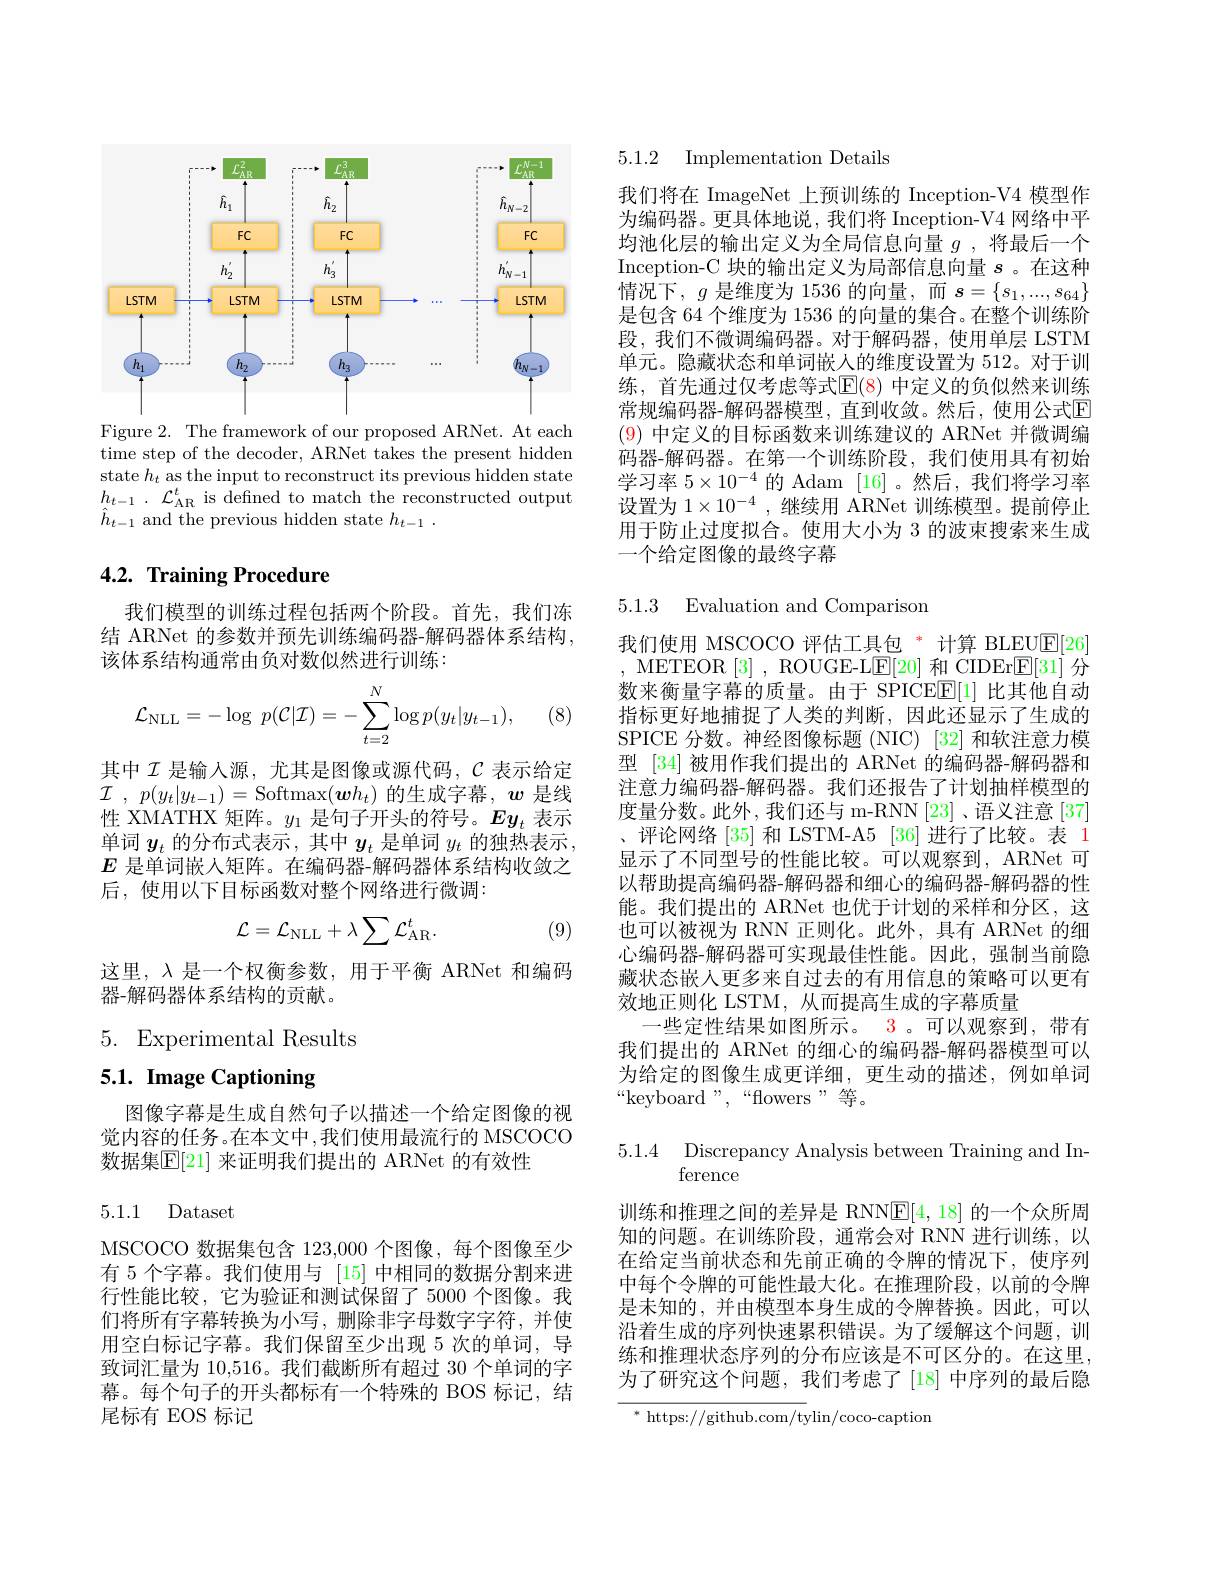
<FigureHere>

Figure 2. The framework of our proposed ARNet. At each time step of the decoder, ARNet takes the present hidden state $h_t$ as the input to reconstruct its previous hidden state $h_{t- 1}$ . $\mathcal{L} _{\mathrm{AR}}^{t}$ is defined to match the reconstructed output $\hat{h}_{t-1}$ and the previous hidden state $h_t-1.$

## $4. 2. \textbf{ Training Procedure}$

我们模型的训练过程包括两个阶段。首先，我们冻结 ARNet 的参数并预先训练编码器-解码器体系结构， 该体系结构通常由负对数似然进行训练：

(8)
$$\mathcal{L}_{\mathrm{NLL}}=-\log\:p(\mathcal{C}|\mathcal{I})=-\sum_{t=2}^{N}\log p(y_t|y_{t-1}),$$
其中$\mathcal{I}$ 是输入源，尤其是图像或源代码，$\mathcal{C}$ 表示给定$\mathcal{I}$ , $p( y_t| y_{t- 1}) =$Softmax$(\boldsymbol wh_t)$ 的生成字幕$,\boldsymbol w$ 是线性 XMATHX 矩阵。$y_1$是句子开头的符号。$Ey_t$表示单词$y_t$的分布式表示，其中$y_t$是单词$y_t$的独热表示， $E$是单词嵌人矩阵。在编码器-解码器体系结构收敛之后，使用以下目标函数对整个网络进行微调：
$$\mathcal{L}=\mathcal{L}_{\mathrm{NLL}}+\lambda\sum\mathcal{L}_{\mathrm{AR}}^{t}.$$
(9)

这里，$\lambda$是一个权衡参数，用于平衡 ARNet 和编码
器-解码器体系结构的贡献。

5. Experimental Results

# 5.1. Image Captioning

图像字幕是生成自然句子以描述一个给定图像的视觉内容的任务。在本文中，我们使用最流行的 MSCOCO 数据集$\mathbb{E}[$21] 来证明我们提出的 ARNet 的有效性

5.1.1 Dataset

MSCOCO 数据集包含 123,000 个图像，每个图像至少有 5 个字幕。我们使用与 [15] 中相同的数据分割来进行性能比较，它为验证和测试保留了5000个图像。我们将所有字幕转换为小写，删除非字母数字字符，并使用空白标记字幕。我们保留至少出现 5 次的单词，导致词汇量为 10,516。我们截断所有超过 30 个单词的字幕。每个句子的开头都标有一个特殊的 BOS 标记，结尾标有 EOS 标记

5.1.2 Implementation Details

我们将在 ImageNet 上预训练的 Inception-V4 模型作为编码器。更具体地说，我们将 Inception-V4 网络中平均池化层的输出定义为全局信息向量$g$ ,将最后一个Inception-C 块的输出定义为局部信息向量$s$。在这种情况下，$g$是维度为 1536 的向量，而$s=\{s_1,...,s_{64}\}$ 是包含 64 个维度为 1536 的向量的集合。在整个训练阶段，我们不微调编码器。对于解码器，使用单层 LSTM 单元。隐藏状态和单词嵌人的维度设置为 512。对于训练，首先通过仅考虑等式$\operatorname{E}(8)$ 中定义的负似然来训练常规编码器-解码器模型，直到收敛。然后，使用公式$\mathbb{E}$ (9)中定义的目标函数来训练建议的 ARNet 并微调编码器-解码器。在第一个训练阶段，我们使用具有初始学习率$5\times10^{-4}$的 Adam [16]。然后，我们将学习率设置为$1\times10^{-4}$ ,继续用 ARNet 训练模型。提前停止用于防止过度拟合。使用大小为 3 的波束搜索来生成一个给定图像的最终字幕

5.1.3 Evaluation and Comparison

我们使用 MSCOCO 评估工具包 * 计算 BLEU$\underline{\mathrm{E}}[26]$ , METEOR [3], ROUGE-LE[20]和 CIDEr$\boxed{\mathrm{E}}[31]$分数来衡量字幕的质量。由于 SPICEE[1] 比其他自动指标更好地捕捉了人类的判断，因此还显示了生成的SPICE 分数。神经图像标题 (NIC) [32] 和软注意力模型 [34] 被用作我们提出的 ARNet 的编码器-解码器和注意力编码器-解码器。我们还报告了计划抽样模型的度量分数。此外，我们还与 m-RNN[23]、语义注意[37] 、评论网络 [35] 和 LSTM-A5 [36] 进行了比较。表 1显示了不同型号的性能比较。可以观察到，ARNet 可以帮助提高编码器-解码器和细心的编码器-解码器的性能。我们提出的 ARNet 也优于计划的采样和分区，这也可以被视为 RNN 正则化。此外，具有 ARNet 的细心编码器-解码器可实现最佳性能。因此，强制当前隐藏状态嵌人更多来自过去的有用信息的策略可以更有效地正则化 LSTM, 从而提高生成的字幕质量
一些定性结果如图所示。3。可以观察到，带有我们提出的 ARNet 的细心的编码器-解码器模型可以为给定的图像生成更详细，更生动的描述，例如单词$“$keyboard”,“flowers”等。

### 5.1.4 Discrepancy Analysis between Training and Inference

训练和推理之间的差异是 RNNE[4,18] 的一个众所周知的问题。在训练阶段，通常会对 RNN 进行训练，以在给定当前状态和先前正确的令牌的情况下，使序列中每个令牌的可能性最大化。在推理阶段，以前的令牌是未知的，并由模型本身生成的令牌替换。因此，可以沿着生成的序列快速累积错误。为了缓解这个问题，训练和推理状态序列的分布应该是不可区分的。在这里为了研究这个问题，我们考虑了[18]中序列的最后隐

$^*$ https://github.com/tylin/coco-caption